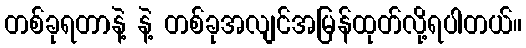
တစ်ခုရတာနဲ့ နဲ့ တစ်ခုအလျင်အမြန်ထုတ်လို့ရပါတယ်။